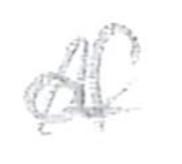
Text: of
Cross-out: wave
Writing tool: pencil